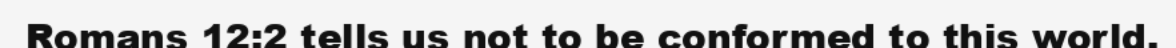
Romans 12:2 tells us not to be conformed to this world.